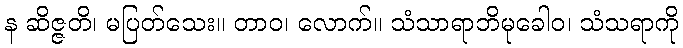
န ဆိဇ္ဇတိ၊ မပြတ်သေး။ တာဝ၊ လောက်။ သံသာရာဘိမုခေါဝ၊ သံသရာကို